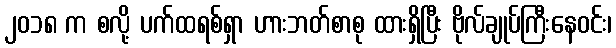
၂၀၁၈ က စလို့ ပက်ထရစ်ရှာ ဟားဘတ်စာစု ထားရှိပြီး ဗိုလ်ချုပ်ကြီးနေဝင်း၊